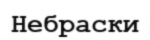
Небраски